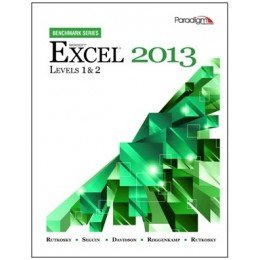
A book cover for Microsofta Excel 2013: Levels 1 and 2: Text with Data Files CD (Benchmark Series); Nita Rutkosky; Computers & Technology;